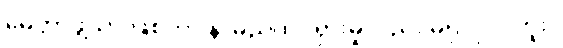
မေတ္တာဖွဲ့သာ ဖြစ်ကာ နာမည်ထင်ရှားမှုလည်း မရှိလှ ပါဘူး။